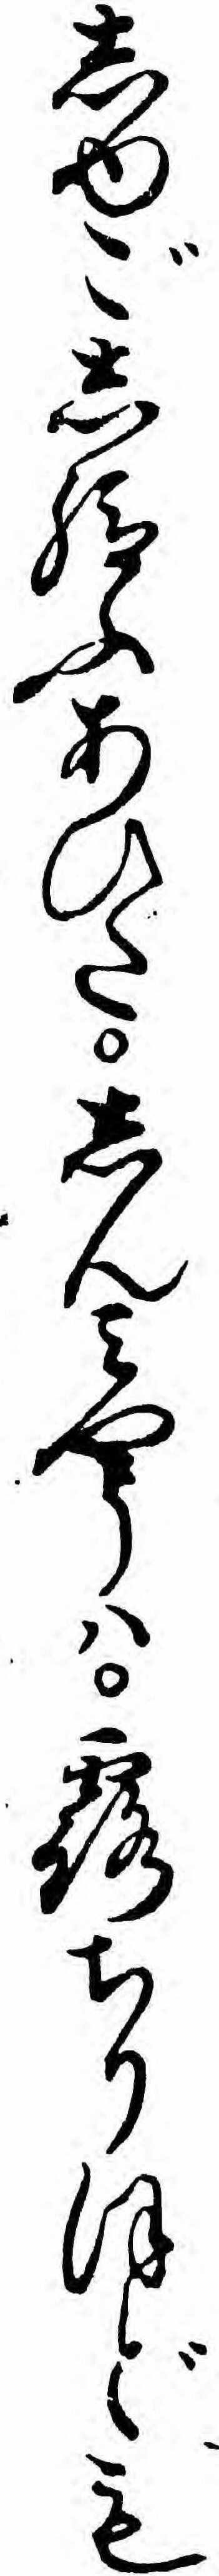
しゆごし給ふあひたしんミやうハ露ちりほども